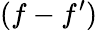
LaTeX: (f-f^{\prime})